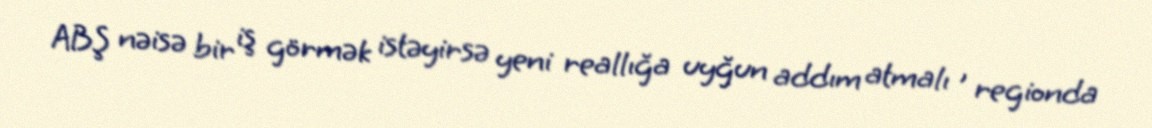
ABŞ nəisə bir iş görmək istəyirsə yeni reallığa uyğun addım atmalı , regionda